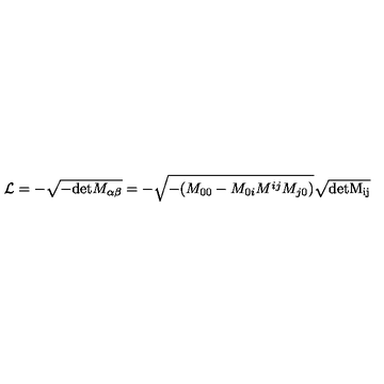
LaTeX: { \cal L } = - \sqrt { - \mathrm { d e t } M _ { \alpha \beta } } = - \sqrt { - ( M _ { 0 0 } - M _ { 0 i } M ^ { i j } M _ { j 0 } ) } \sqrt \mathrm { { d e t } M _ { i j } }